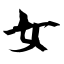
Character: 女